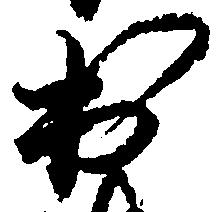
出